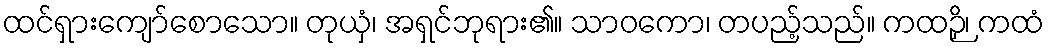
ထင်ရှားကျော်စောသော။ တုယှံ၊ အရှင်ဘုရား၏။ သာဝကော၊ တပည့်သည်။ ကထဉှိ၊ ကထံ